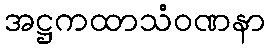
အဋ္ဌကထာသံဝဏနာ